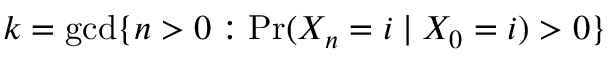
k = \operatorname* { g c d } \{ n > 0 : \operatorname* { P r } ( X _ { n } = i \mid X _ { 0 } = i ) > 0 \}